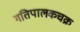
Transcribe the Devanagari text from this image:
गतिपालकचक्र